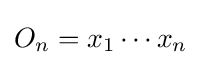
O_{n}=x_{1}\cdots x_{n}